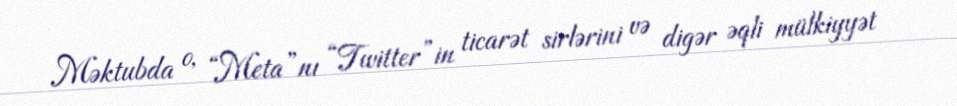
Məktubda o, “Meta”nı “Twitter”in ticarət sirlərini və digər əqli mülkiyyət